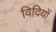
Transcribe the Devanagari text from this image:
विदियों